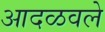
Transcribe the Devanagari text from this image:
आदळवले